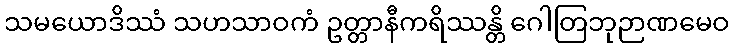
သမယောဒိဿံ သဟသာဝကံ ဥတ္တာနီကရိဿန္တိ ဂေါတြဘုဉာဏမေဝ